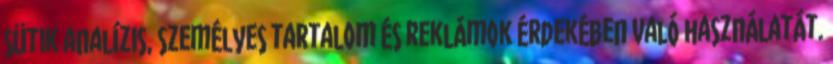
sütik analízis, személyes tartalom és reklámok érdekében való használatát.